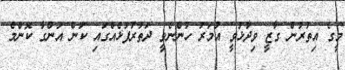
މީގެ އިތުރުން ގާޒީ ވިދާޅުވީ އުމަރު ހުންނެވީ ދަތުރުފުޅެއްގައި ކަން އަންގާ ކޮންމެ